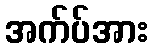
အက်ပ်အား